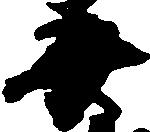
美